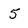
Character: 5